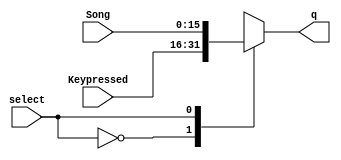
`timescale 1ns / 1ps
module KP_mux (select, Song, Keypressed, q);

input select;
input [15:0] Song;
input [15:0] Keypressed;
output reg  	[15:0] q;

always @(select, Song, Keypressed)
begin
    case (select)
        1'b0:
            q = Keypressed;
				
        1'b1:
		      q = Song;

        default:
            q = Keypressed;
    endcase
end
        

endmodule